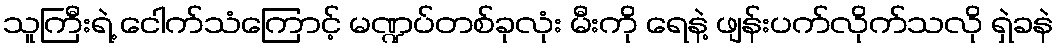
သူကြီးရဲ့ ငေါက်သံကြောင့် မဏ္ဍပ်တစ်ခုလုံး မီးကို ရေနဲ့ ဖျန်းပက်လိုက်သလို ရှဲခနဲ